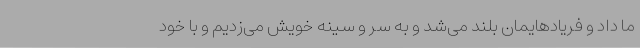
ما داد و فریادهایمان بلند می‌شد و به سر و سینه خویش می‌زدیم و با خود